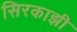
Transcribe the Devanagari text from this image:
सिरकाझी